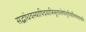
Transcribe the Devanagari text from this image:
सद्बांधवस्यापिदयाभिभूतास्तेषांतुतीर्थानिफलप्रदानि